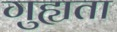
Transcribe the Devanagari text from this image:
गुह्यता